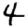
Digit: 4